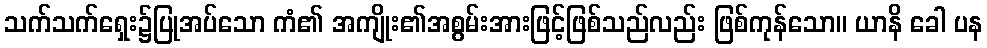
သက်သက်ရှေး၌ပြုအပ်သော ကံ၏ အကျိုး၏အစွမ်းအားဖြင့်ဖြစ်သည်လည်း ဖြစ်ကုန်သော။ ယာနိ ခေါ ပန